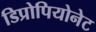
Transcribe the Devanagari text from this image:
डिप्रोपियोनेट